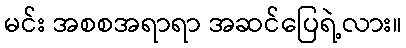
မင်း အစစအရာရာ အဆင်ပြေရဲ့လား။